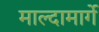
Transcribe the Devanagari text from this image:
माल्दामार्गे